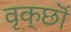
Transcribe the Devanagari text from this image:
वृक्छॊं